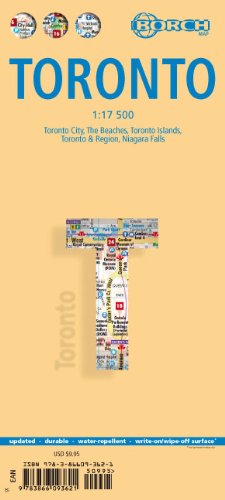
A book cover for Laminated Toronto Map by Borch (English Edition); Borch; Travel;